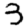
Digit: 3